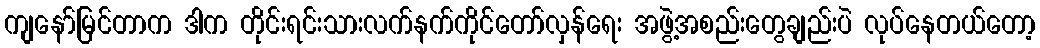
ကျနော်မြင်တာက ဒါက တိုင်းရင်းသားလက်နက်ကိုင်တော်လှန်ရေး အဖွဲ့အစည်းတွေချည်းပဲ လုပ်နေတယ်တော့